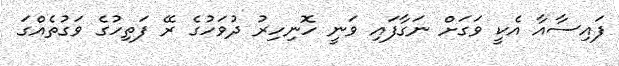
ފައިސާއާ އެކީ ވަގަށް ނަގާފައި ވަނީ ހޮނިހިރު ދުވަހުގެ ރޭ ފަތިހުގެ ވަގުތެއްގަ